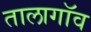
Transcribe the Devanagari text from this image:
तालागॉव